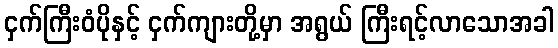
ငှက်ကြီးဝံပိုနှင့် ငှက်ကျားတို့မှာ အရွယ် ကြီးရင့်လာသောအခါ